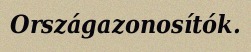
Országazonosítók.